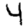
Digit: 4